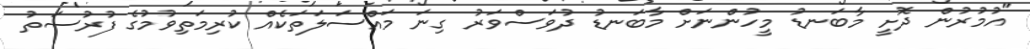
"އުމުރުން ދޮށީ މާބަނޑު މީހުންނަށް މާބަނޑު ދުވަސްވަރު ގިނަ މައްސަލަތަކެއް ކުރިމަތިވުމުގެ ފުރުސަތު